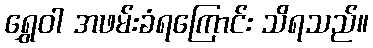
ရွှေဝါ အဖမ်းခံရကြောင်း သိရသည်။